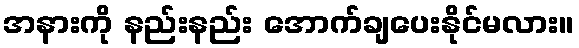
အနားကို နည်းနည်း အောက်ချပေးနိုင်မလား။